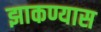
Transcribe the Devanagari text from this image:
झाकण्यास